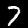
Digit: 7